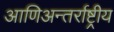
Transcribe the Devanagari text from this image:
आणिअन्तर्राष्ट्रीय